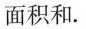
面积和.